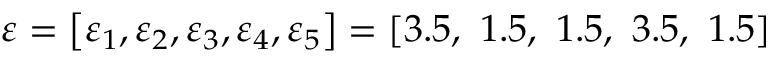
\varepsilon = \left[ \varepsilon _ { 1 } , \varepsilon _ { 2 } , \varepsilon _ { 3 } , \varepsilon _ { 4 } , \varepsilon _ { 5 } \right] = [ 3 . 5 , \ 1 . 5 , \ 1 . 5 , \ 3 . 5 , \ 1 . 5 ]